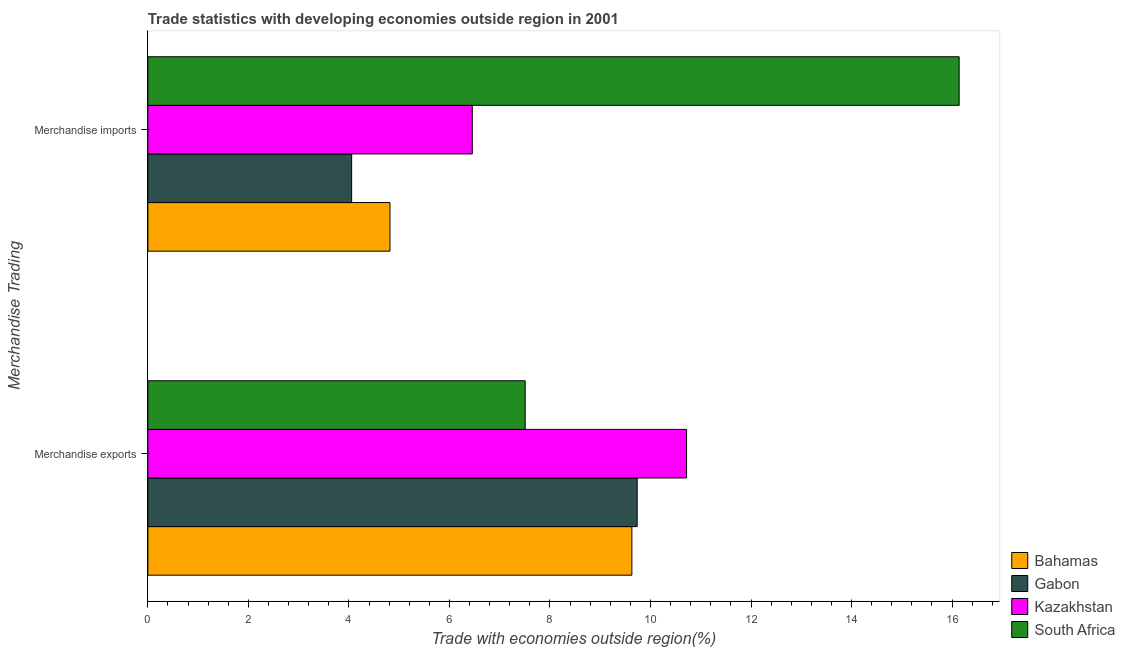
| Merchandise Trading | Bahamas | Gabon | Kazakhstan | South Africa |
 | --- | --- | --- | --- | --- |
 | Merchandise exports | 9.63 | 9.74 | 10.7 | 7.51 |
 | Merchandise imports | 4.82 | 4.05 | 6.45 | 16.1 |